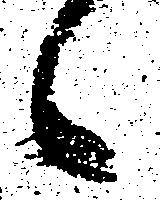
候